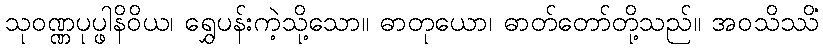
သုဝဏ္ဏပုပ္ဖါနိဝိယ၊ ရွှေပန်းကဲ့သို့သော။ ဓာတုယော၊ ဓာတ်တော်တို့သည်။ အဝသိဿိံ